Leaving Certificate Examination (including Day School Certificate (Higher) General paper), 1937
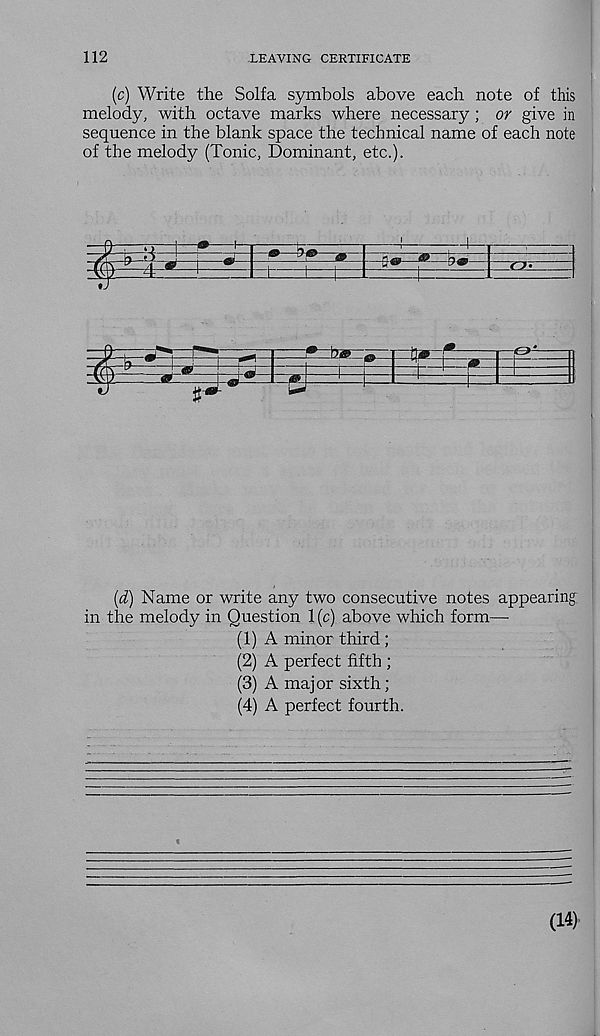
112
LEAVING CERTIFICATE
(c) Write the Solfa symbols above each note of this
melody, with octave marks where necessary; or give in
sequence in the blank space the technical name of each note
of the melody (Tonic, Dominant, etc.).
(d) Name or write any two consecutive notes appearing
in the melody in Question 1 (c) above which form—
(1) A minor third ;
(2) A perfect fifth ;
(3) A major sixth;
(4) A perfect fourth.
(14)